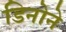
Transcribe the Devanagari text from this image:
डिनोने